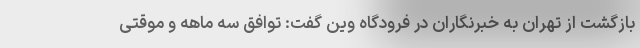
بازگشت از تهران به خبرنگاران در فرودگاه وین گفت: توافق سه ماهه و موقتی